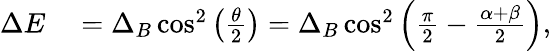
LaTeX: \begin{array}{rl}{\Delta E}&{{}=\Delta_{B}\cos^{2}\left(\frac{\theta}{2}\right)=\Delta_{B}\cos^{2}\left(\frac{\pi}{2}-\frac{\alpha+\beta}{2}\right),}\end{array}